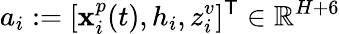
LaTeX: a_{i}:=[\mathbf{x}_{i}^{p}(t),h_{i},z_{i}^{v}]^{\mathsf{{T}}}\in\mathbb{{R}}^{H+6}